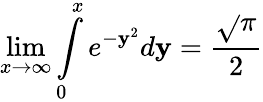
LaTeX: \lim\limits_{x\rightarrow\infty}\int\limits_{0}^{x}e^{-\mathbf{y}^{2}}d\mathbf{y}=\frac{{\sqrt{}{{\pi}}}}{{2}}